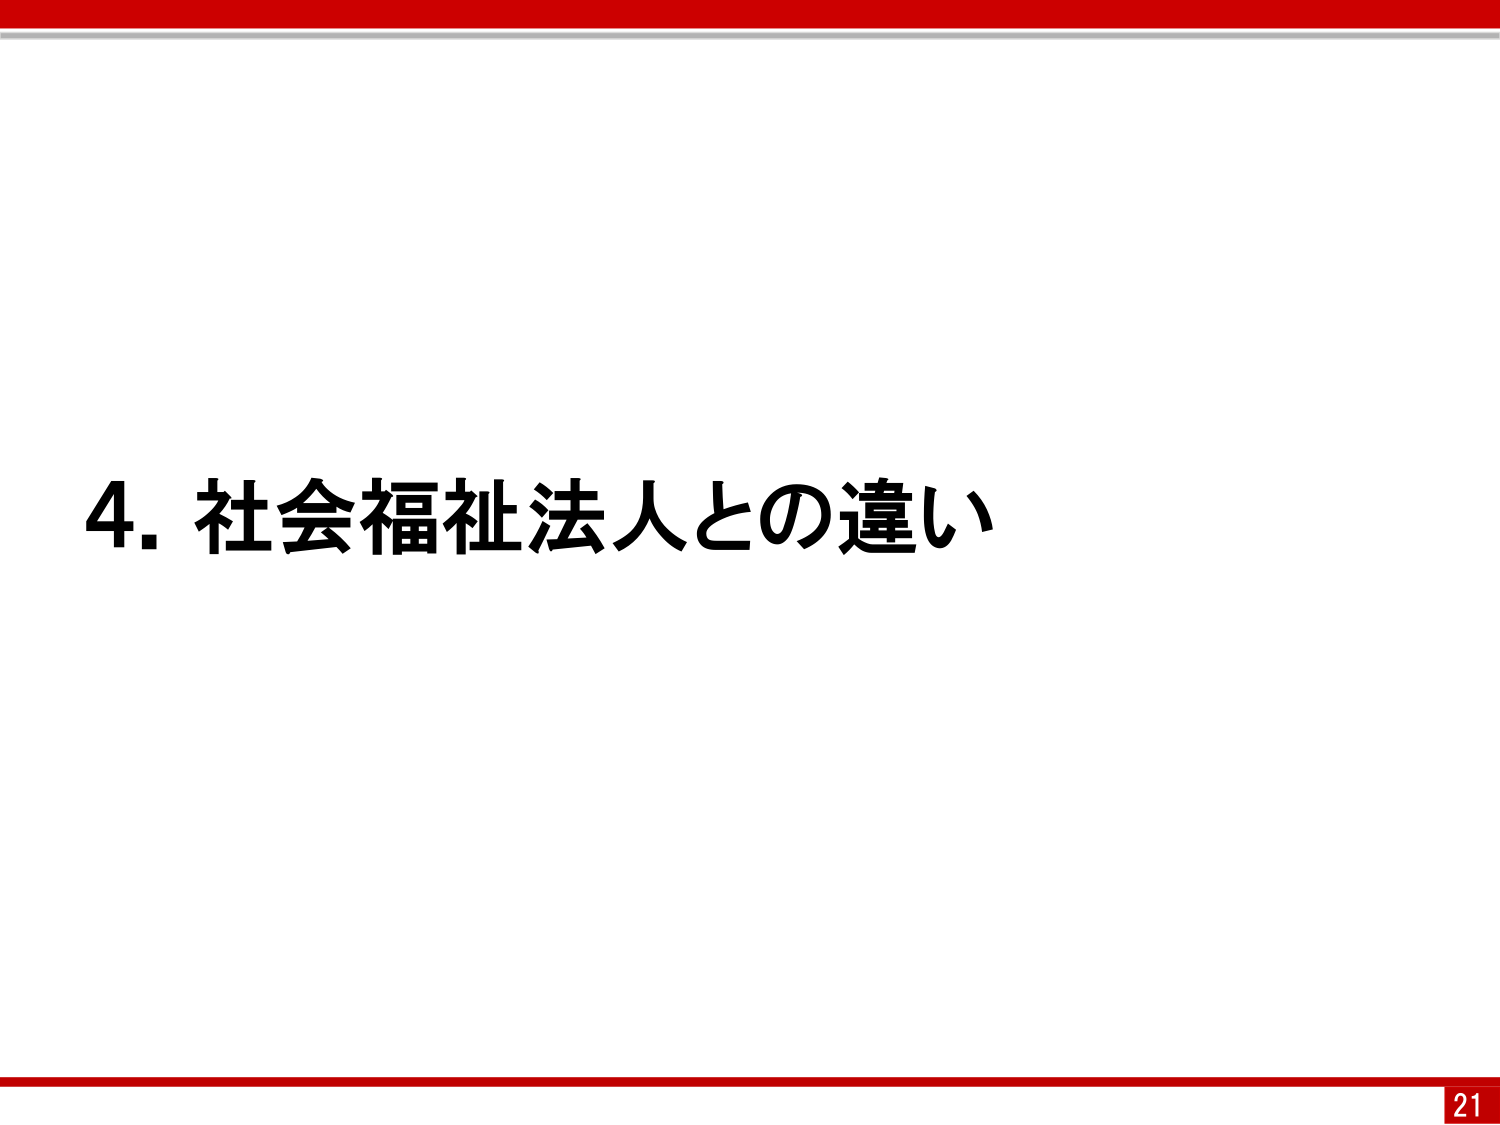
4. 社会福祉法人との違い
21